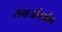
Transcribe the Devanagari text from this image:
समाजनिर्माण